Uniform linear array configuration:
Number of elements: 48
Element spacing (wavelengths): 1
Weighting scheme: exponential
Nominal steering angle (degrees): -60
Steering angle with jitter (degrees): -59.576
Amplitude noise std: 0.05
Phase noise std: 0.05

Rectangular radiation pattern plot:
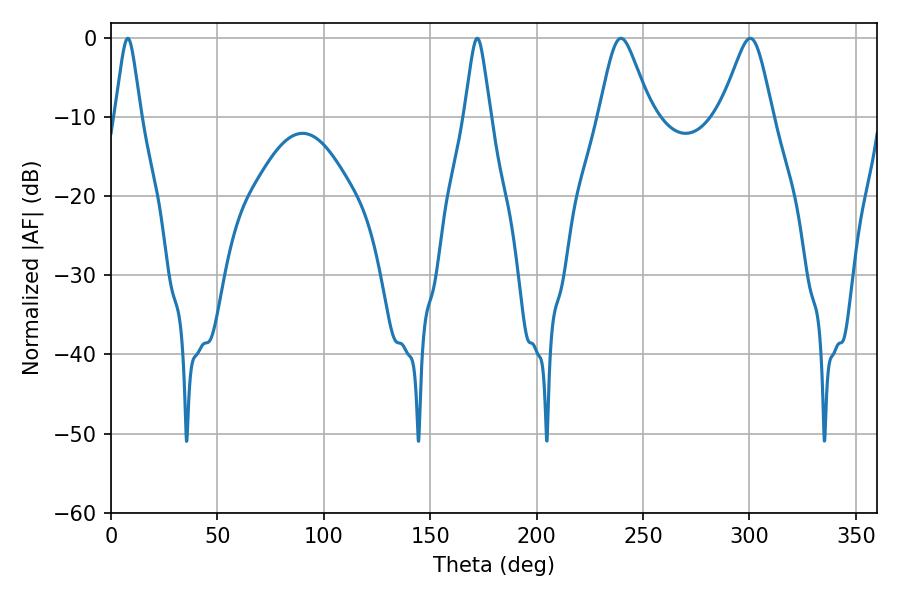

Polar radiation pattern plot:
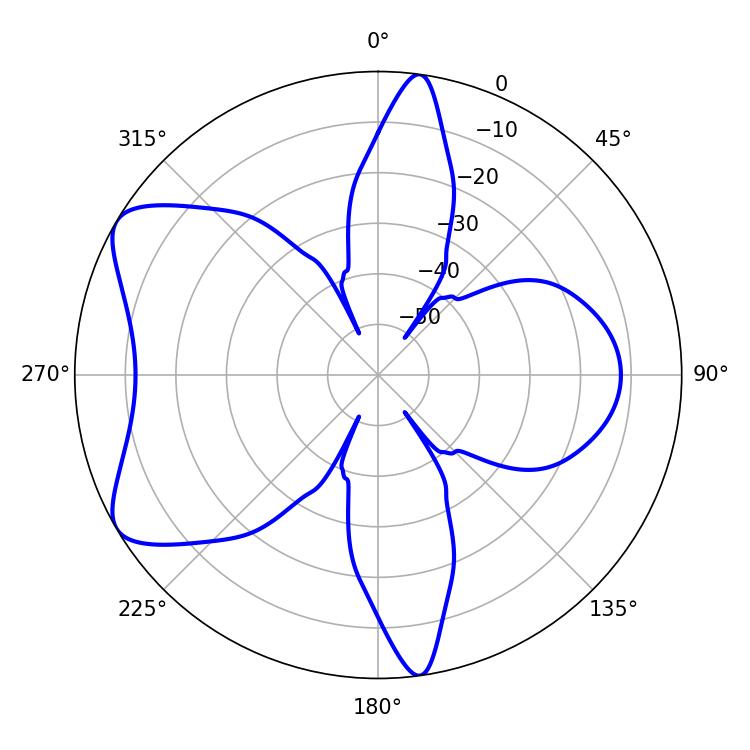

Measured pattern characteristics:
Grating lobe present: TRUE
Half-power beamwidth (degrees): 11.7
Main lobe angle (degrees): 239.58